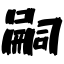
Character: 嗣